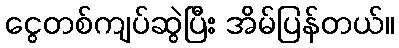
ငွေတစ်ကျပ်ဆွဲပြီး အိမ်ပြန်တယ်။